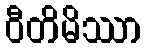
ဝီတိမိဿာ